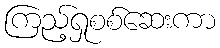
ကြည့်ရှုစစ်ဆေးကာ